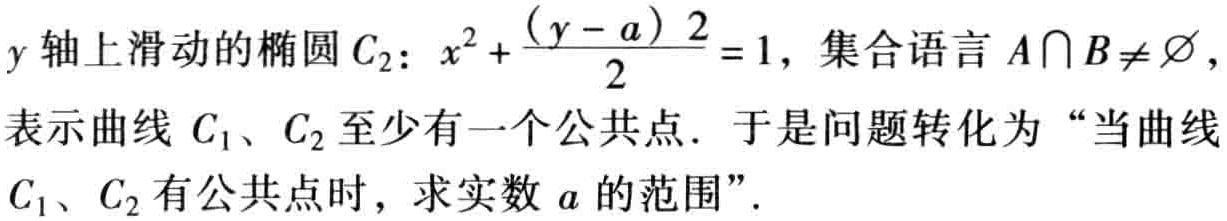
$y轴上滑动的椭圆C_{2}：x^{2}+\frac{(y - a)^{2}}{2}=1，集合语言A\cap B\neq\varnothing，$

$表示曲线C_{1}、C_{2}至少有一个公共点. 于是问题转化为“当曲线$

$C_{1}、C_{2}有公共点时，求实数a的范围”.$